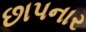
છાપનાર